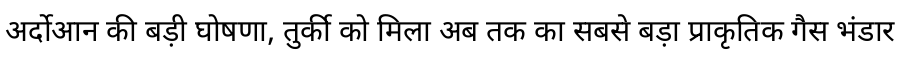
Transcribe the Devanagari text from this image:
अर्दोआन की बड़ी घोषणा, तुर्की को मिला अब तक का सबसे बड़ा प्राकृतिक गैस भंडार